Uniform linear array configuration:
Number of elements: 16
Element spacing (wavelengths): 0.75
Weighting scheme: hamming
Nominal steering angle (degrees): -15
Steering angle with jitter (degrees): -14.041
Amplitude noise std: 0.05
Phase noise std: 0.05

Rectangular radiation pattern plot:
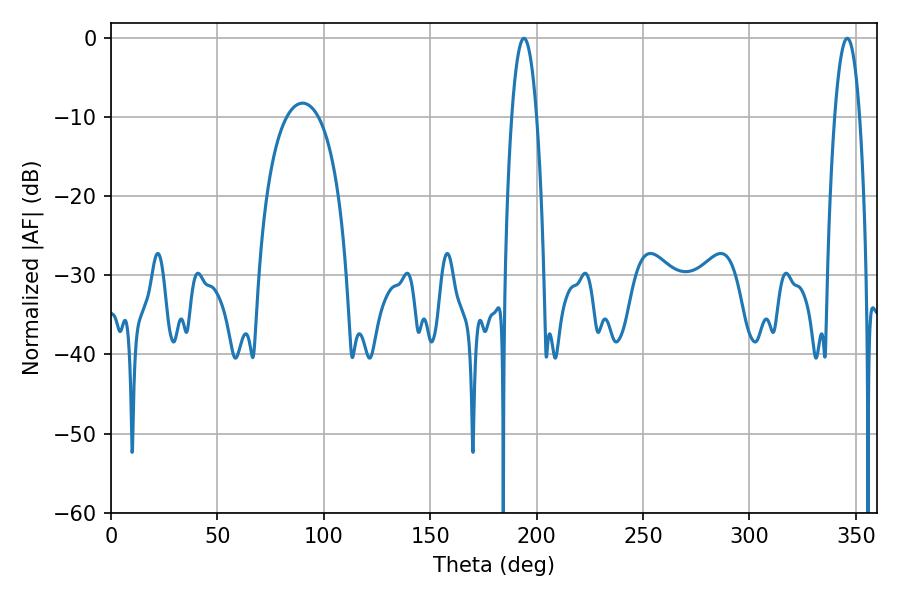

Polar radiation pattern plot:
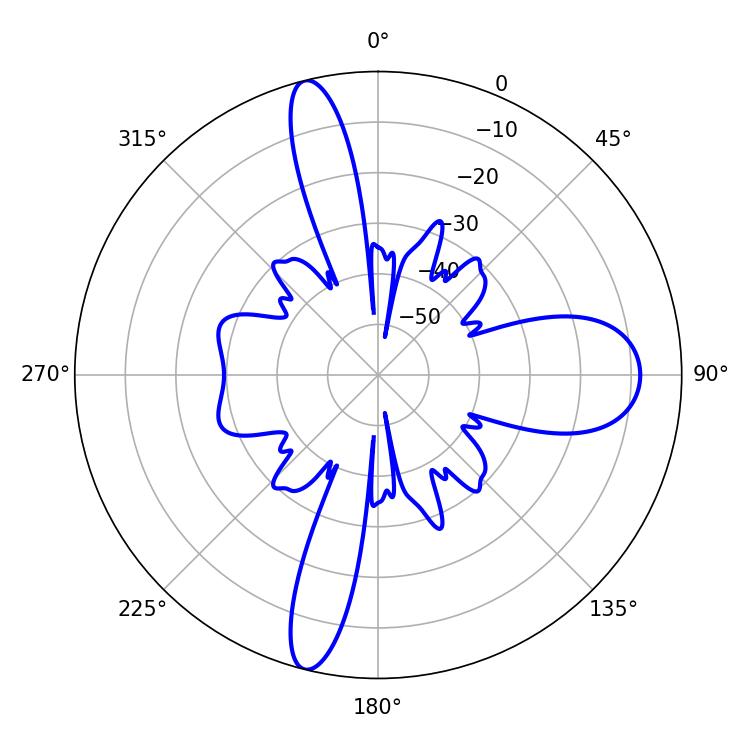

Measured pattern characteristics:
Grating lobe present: TRUE
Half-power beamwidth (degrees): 6.48
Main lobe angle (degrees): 194.04